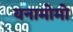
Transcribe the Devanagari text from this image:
यनामोमो